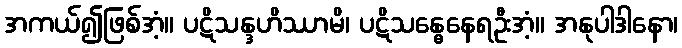
အကယ်၍ဖြစ်အံ့။ ပဋိသန္ဒဟိဿာမိ၊ ပဋိသန္ဓေနေရဦးအံ့။ အနုပါဒါနော၊